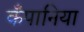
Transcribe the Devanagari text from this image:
कँपानिया